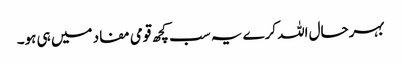
بہرحال اللہ کرے یہ سب کچھ قومی مفاد میں ہی ہو۔